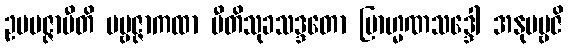
ဥပပဇ္ဇာမီတိ ပဗ္ဗဇ္ဇာကထာ ပီတိသုခသဒ္ဒတော ဗြာဟ္မဏသဒ္ဒေါ အနုပဗ္ဗဇိ